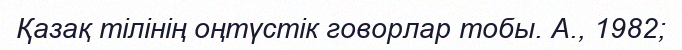
Қазақ тілінің оңтүстік говорлар тобы. А., 1982;